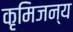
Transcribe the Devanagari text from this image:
कृमिजन्य